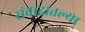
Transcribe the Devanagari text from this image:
संवादातल्या